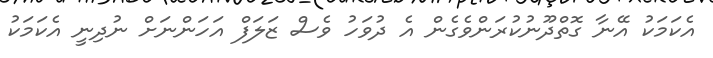
އެކަމަކު އޭނާ ގޮތްދޫނުކުރަންވެގެން އެ ދުވަހު ވެސް ޒަލަފް އަހަންނަށް ނުދިނީ އެކަމަކު